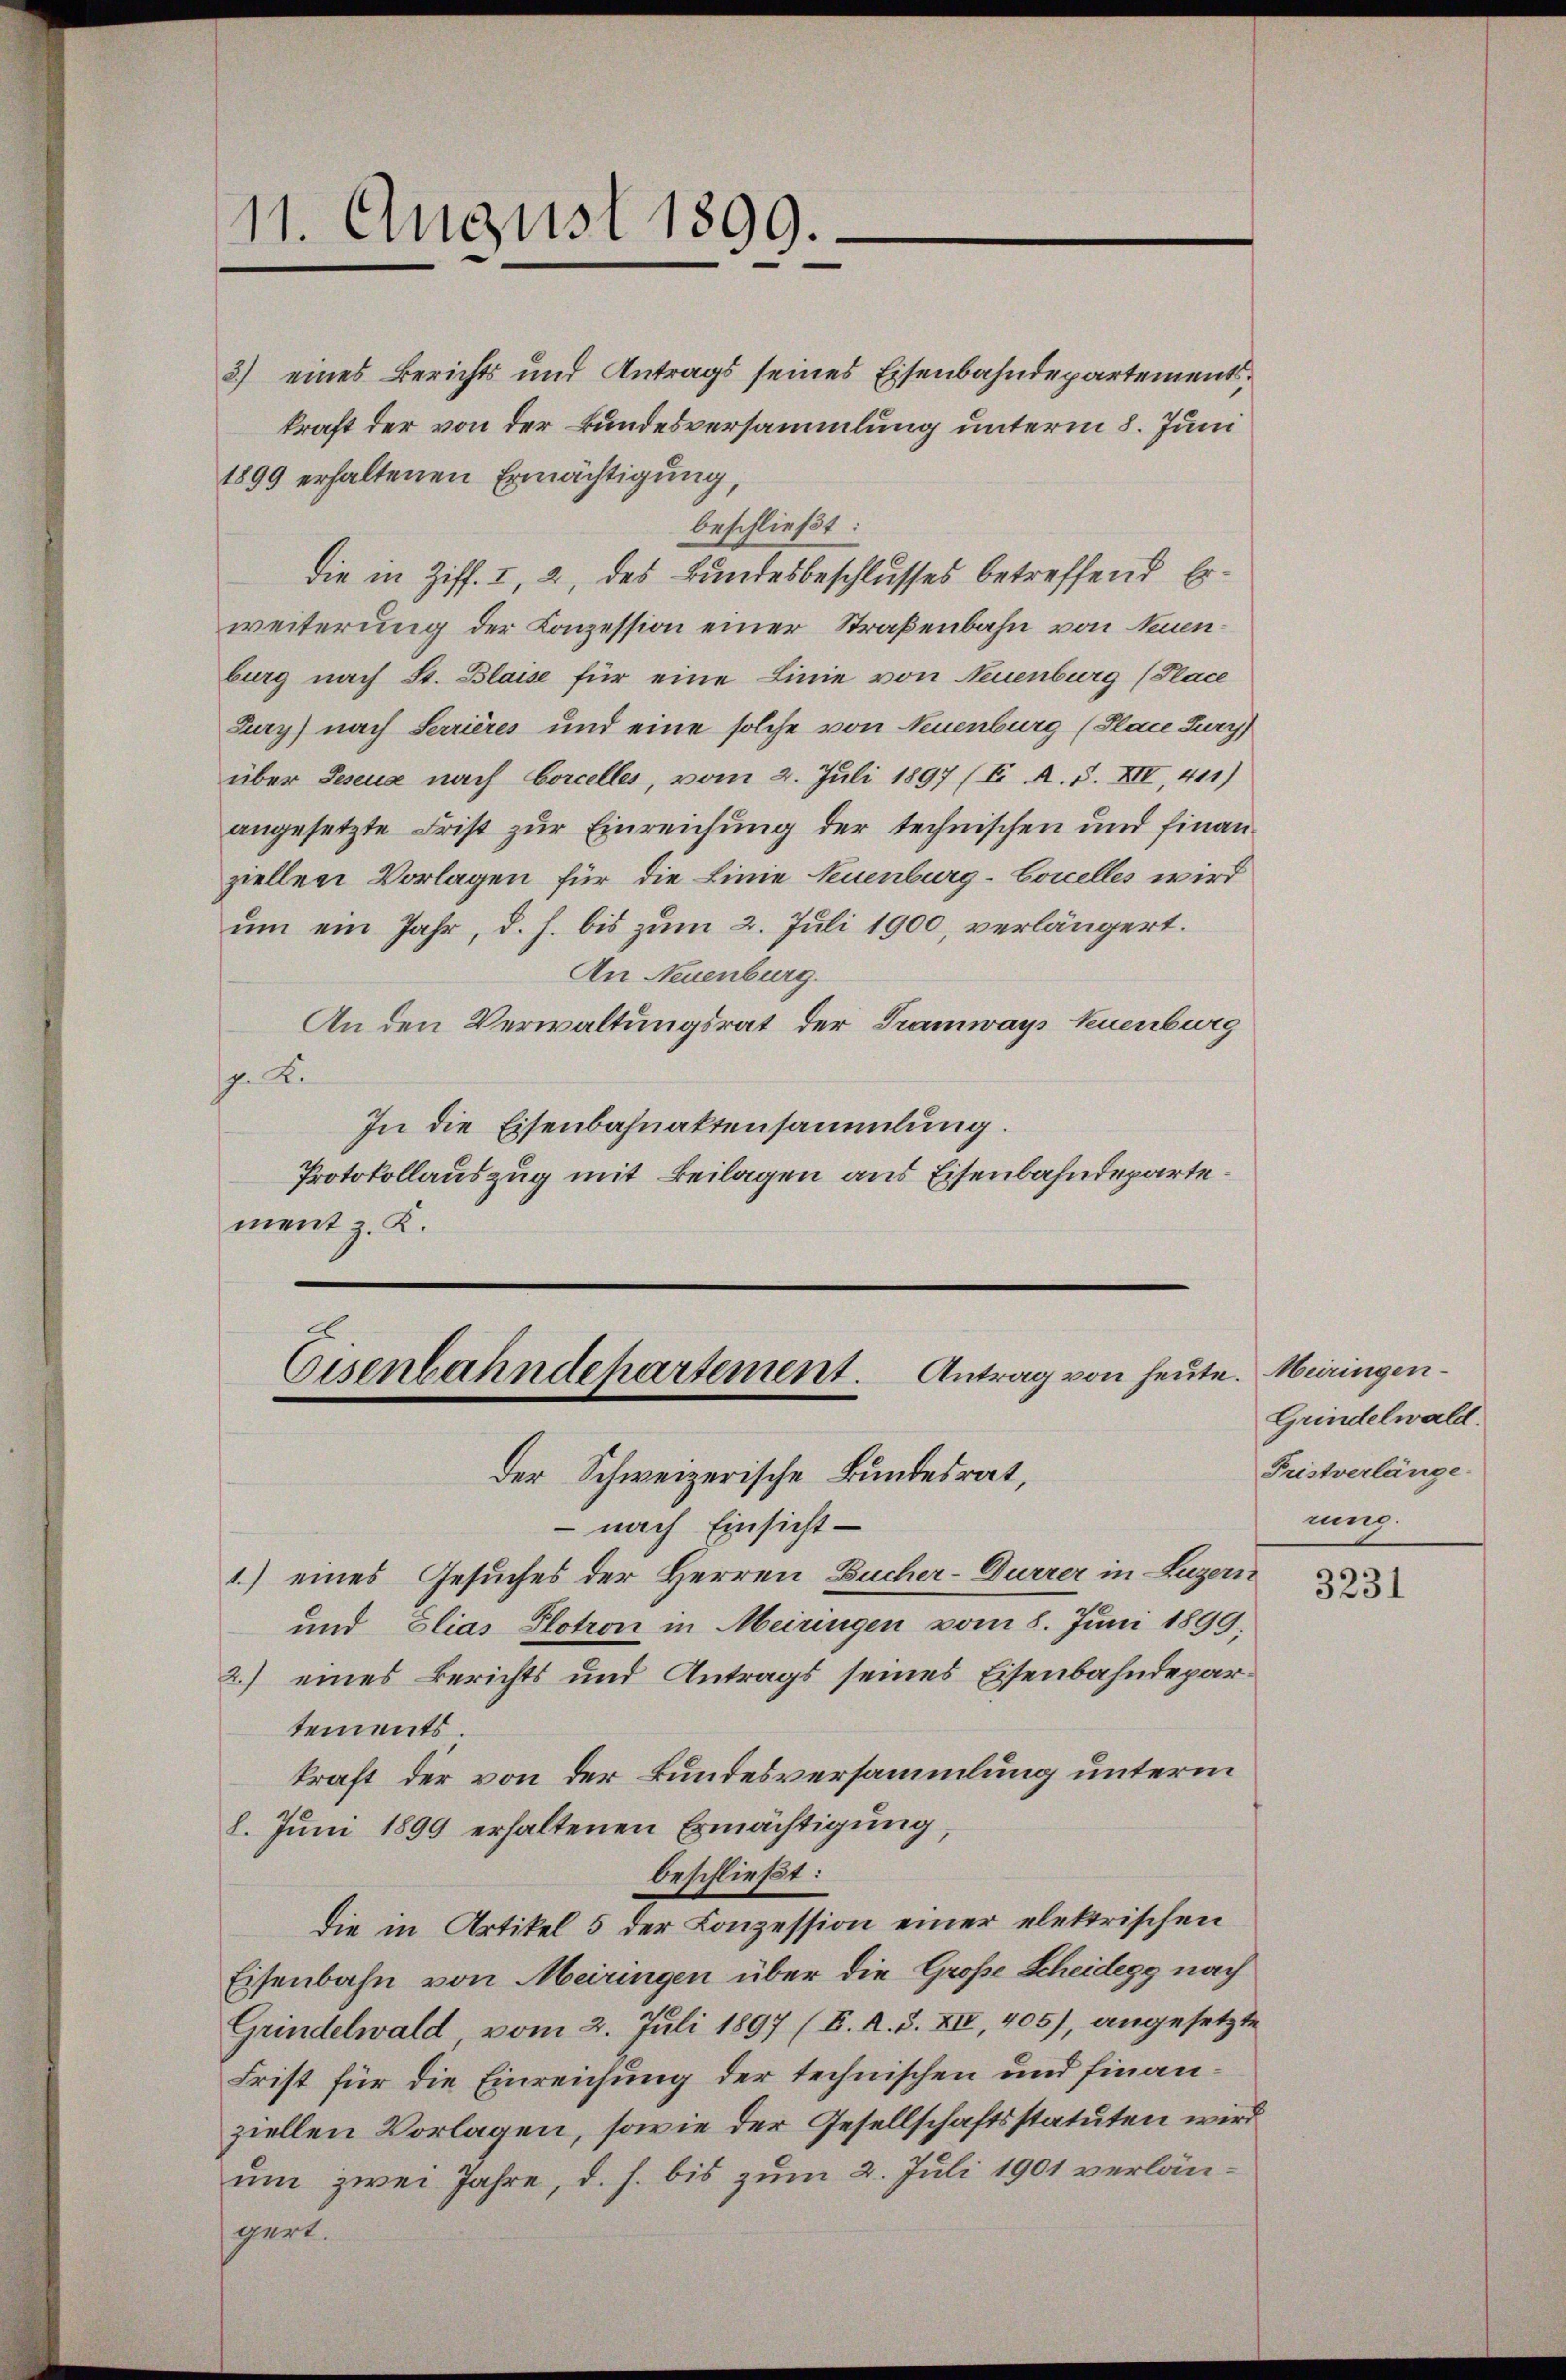
11. August 1899.

3) eines Berichts und Antrags seines Eisenbahndepartementskraft der von der Bundesversammlung unterm 8. Juni
1899 erhaltenen Ermächtigung,
beschließt:
die in Ziff. I, 2, des Bundesbeschlusses betreffend Erweiterung der Conzession einer Straßenbahn von Neuenburg nach St. Blaise für eine Linie von Neuenburg (Place
Jury) nach Serrières und eine solche von Neuenburg (Place Jury
über Jeseua nach Corcelles, vom 2. Juli 1897 (E A. S. XIV, 411)
angesetzte Frist zur Einreichung der technischen und finanziellen Vorlagen für die Linie Neuenburg-Coccelles wird
um ein Jahr, d. h. bis zum 2. Juli 1900, verlängert.
An Neuenburg.
An den Verwaltungsrat der Tramways Neuenburg
p. K.
In die Eisenbahnaktensammlung.
Protokollauszug mit Beilagen aus Eisenbahndepartement z. K.

Eisenbahndepartement. Antrag von heute. Meringen¬

Der Schweizerische Bundesrat,
- nach Einsicht
1.) eines Gesuches der Herren Bucher-Durrer in Luzern
und Elias Plotron in Meiringen vom 8. Juni 1899,
2.) eines Berichts und Antrags seines Eisenbahndepartements
kraft der von der Bundesversammlung unterm
8. Juni 1899 erhaltenen Ermächtigung,
beschließt:
die in Artikel 5 der Konzession einer elektrischen
Eisenbahn von Meiringen über die Große Scheidegg nach
Grindelwald, vom 2. Juli 1897 (K. A. S. XII, 405), angesetzte
Frist für die Einreichung der technischen und finanziellen Vorlagen, sowie der Gesellschaftsstatuten wird
um zwei Jahre, d. h. bis zum 2. Juli 1901 verlängert.

Grindelwald.
Fristverlänge.
rung.

3231